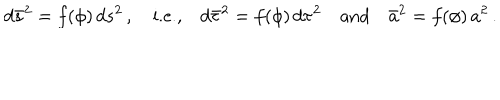
d \bar { s } ^ { 2 } = f ( \phi ) \, d s ^ { 2 } \, , \quad \mathrm { i . e . , } \quad d \bar { \tau } ^ { 2 } = f ( \phi ) \, d \tau ^ { 2 } \quad \mathrm { a n d } \quad \bar { a } ^ { 2 } = f ( \phi ) \, a ^ { 2 } \, .